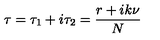
\tau = \tau _ { 1 } + i \tau _ { 2 } = \frac { r + i k \nu } { N }